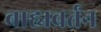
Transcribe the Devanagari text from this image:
बाह्यवर्तन